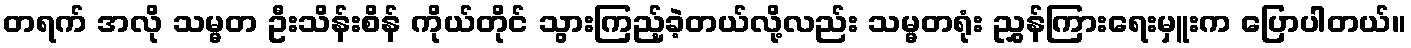
တရက် အလို သမ္မတ ဦးသိန်းစိန် ကိုယ်တိုင် သွားကြည့်ခဲ့တယ်လို့လည်း သမ္မတရုံး ညွှန်ကြားရေးမှူးက ပြောပါတယ်။